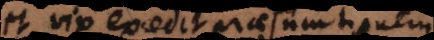
et vix excedit praesumtionem.